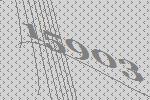
15903